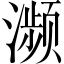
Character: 濒